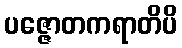
ပဇ္ဇောတကရာတိပိ